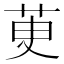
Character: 茰